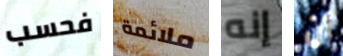
فحسب ملائمة إنه أن